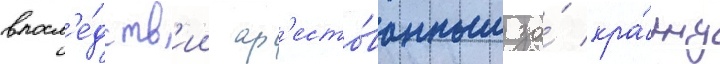
впосл'е́дств'ии ар'есто́ванным за́ кра́жу